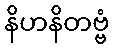
နိဟနိတဗ္ဗံ